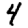
Digit: 4